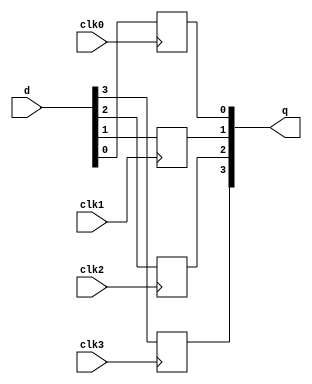
// Copyright 2020-2022 F4PGA Authors
//
// Licensed under the Apache License, Version 2.0 (the "License");
// you may not use this file except in compliance with the License.
// You may obtain a copy of the License at
//
//     http://www.apache.org/licenses/LICENSE-2.0
//
// Unless required by applicable law or agreed to in writing, software
// distributed under the License is distributed on an "AS IS" BASIS,
// WITHOUT WARRANTIES OR CONDITIONS OF ANY KIND, either express or implied.
// See the License for the specific language governing permissions and
// limitations under the License.
//
// SPDX-License-Identifier: Apache-2.0

module top (
    input wire clk0,
    input wire clk1,
    (* clkbuf_inhibit *)
    input wire clk2,
    (* clkbuf_inhibit *)
    input wire clk3,

    input  wire [3:0] d,
    output reg  [3:0] q
);

  always @(posedge clk0) q[0] <= d[0];
  always @(posedge clk1) q[1] <= d[1];
  always @(posedge clk2) q[2] <= d[2];
  always @(posedge clk3) q[3] <= d[3];

endmodule